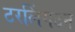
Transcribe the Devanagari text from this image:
टरलिंगटन